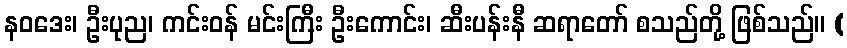
နဝဒေး၊ ဦးပုည၊ ကင်းဝန် မင်းကြီး ဦးကောင်း၊ ဆီးပန်းနီ ဆရာတော် စသည်တို့ ဖြစ်သည်။ (